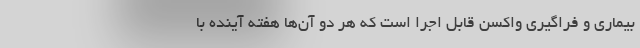
بیماری و فراگیری واکسن قابل اجرا است که هر دو آن‌ها هفته آینده با